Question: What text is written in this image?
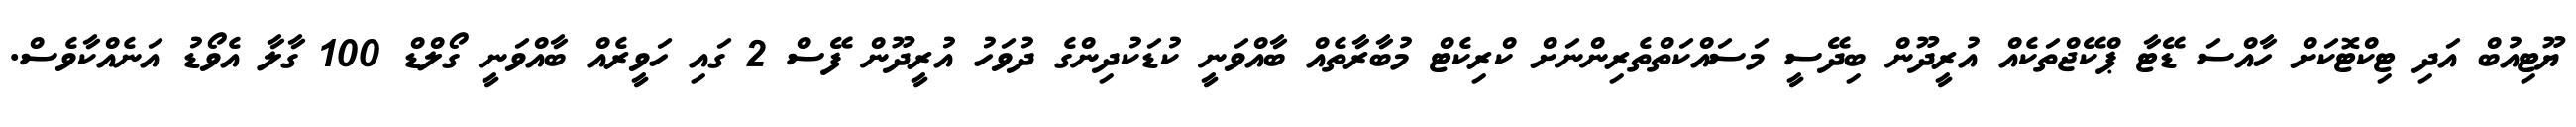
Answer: ޔޫޓިއުބް އަދި ޓިކްޓޮކަށް ހާއްސަ ޑޭޓާ ޕްކޭޖްތަކެއް އުރީދޫން ބިދޭސީ މަސައްކަތްތެރިންނަށް ކްރިކެޓް މުބާރާތެއް ބާއްވަނީ ކުޑަކުދިންގެ ދުވަހު އުރީދޫން ފޭސް 2 ގައި ހަވީރެއް ބާއްވަނީ ގޯލްޑް 100 ގާލާ އެވޯޑު އަނެއްކާވެސް.